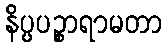
နိပ္ပပဉ္စာရာမတာ